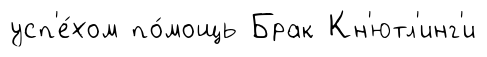
усп'е́хом по́мощь Брак Кн'ютл'инг'и